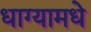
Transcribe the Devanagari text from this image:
धाग्यामधे